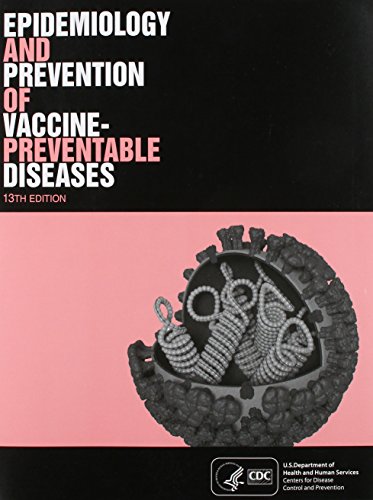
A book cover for Epidemiology and Prevention of Vaccine-Preventable Diseases (CDC, Epidemiology and Prevention of Vaccine-Preventable Diseases); CDC; Medical Books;